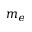
m _ { e }